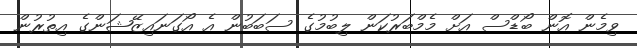
ވިމެން އޮން ބޯޑްސް އަށް މެމްބަރުކަން ލިބުމުގެ ސަބަބުން އެ އޯގަނައިޒޭޝަންގެ އިތުރުން